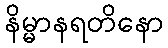
နိမ္မာနရတိနော